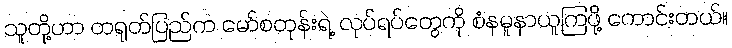
သူတို့ဟာ တရုတ်ပြည်က မော်စတုန်းရဲ့ လုပ်ရပ်တွေကို စံနမူနာယူကြဖို့ ကောင်းတယ်။